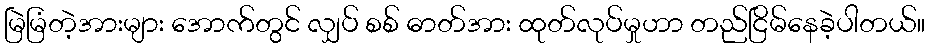
မြဲမြံတဲ့အားများ အောက်တွင် လျှပ် စစ် ဓာတ်အား ထုတ်လုပ်မှုဟာ တည်ငြိမ်နေခဲ့ပါတယ်။